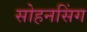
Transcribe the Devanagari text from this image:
सोहनसिंग